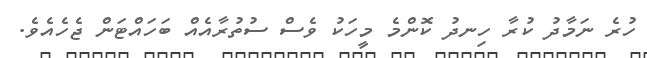
ހުރެ ނަމާދު ކުރާ ހިނދު ކޮންމެ މީހަކު ވެސް ސުތުރާއެއް ބަހައްޓަން ޖެހެއެވެ.